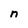
Character: n